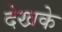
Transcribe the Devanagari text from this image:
देखके